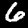
Digit: 6